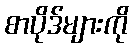
စာပိုဒ်များကို